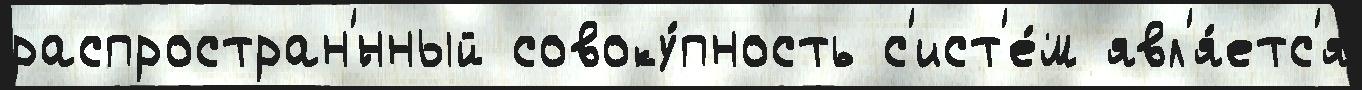
распростран'́нный совоку́пность с'ист'е́м явл'я́етс'я